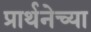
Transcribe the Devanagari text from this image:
प्रार्थनेच्या